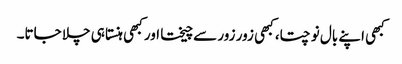
کبھی اپنے بال نوچتا، کبھی زور زور سے چیختا اور کبھی ہنستا ہی چلا جاتا۔